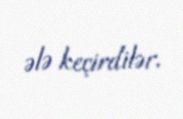
ələ keçirdilər.